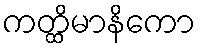
ကတ္ထိမာနိကော